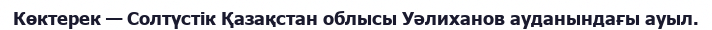
Көктерек — Солтүстік Қазақстан облысы Уәлиханов ауданындағы ауыл.